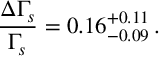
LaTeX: \frac { \Delta \Gamma _ { s } } { \Gamma _ { s } } = 0 . 1 6 _ { - 0 . 0 9 } ^ { + 0 . 1 1 } \, .